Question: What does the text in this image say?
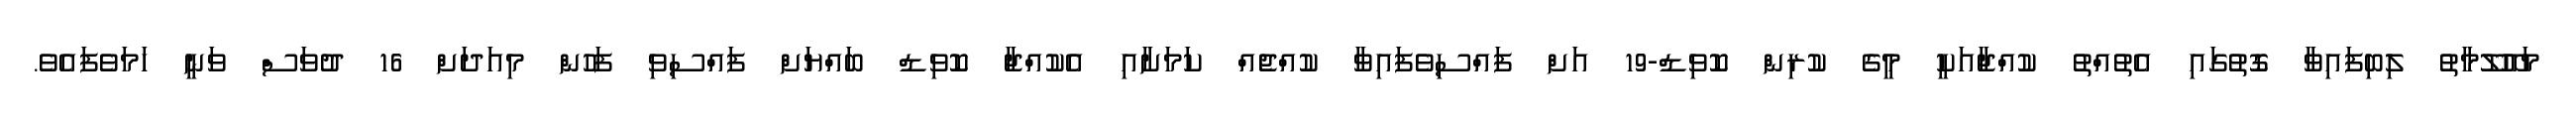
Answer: މައޫލޫމާތު ލިބިފައިވާ ގޮތުގައި އެތުއްތު ކުއްޖާއަކީ މީގެ ކުރިން ކޮވިޑް-19 އަށް ފައްސިވެފައިވާ ކުއްޖެއް ކަމަށާއި އެކުއްޖާ ކޮވިޑް ބައްޔަށް ފައްސިވި ފަހުން މިއަދަށް 16 ދުވަސް ވަނީ ހަމަވެފައެވެ.